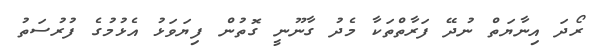
ރޯދަ އިނާޔަތް ނުދޭ ފަރާތްތަކާ މެދު ގާނޫނީ ގޮތުން ފިޔަވަޅު އެޅުމުގެ ފުރުސަތު